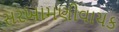
સરખામણીવાચક